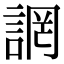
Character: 誷